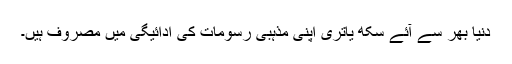
دنیا بھر سے آئے سکھ یاتری اپنی مذہبی رسومات کی ادائیگی میں مصروف ہیں۔